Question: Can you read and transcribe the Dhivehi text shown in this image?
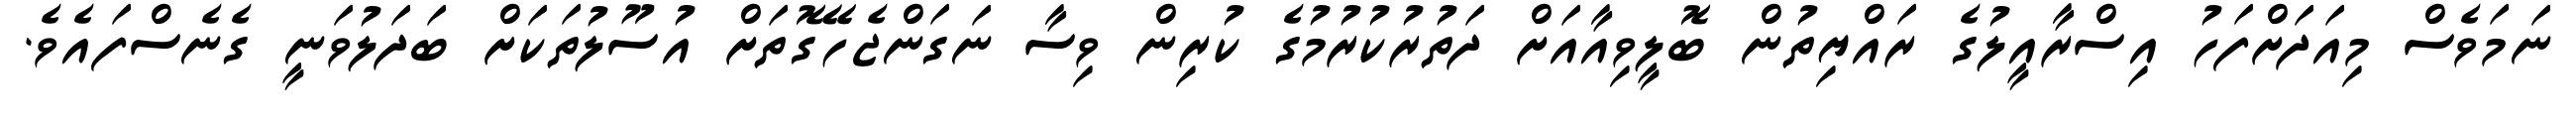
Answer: ނަމަވެސް މިއަދަށްފަހު އިސްރާއީލުގެ ރައްޔިތުން ބޮލީވިއާއަށް ދަތުރުކުރުމުގެ ކުރިން ވިސާ ނަގަންޖެހޭގޮތަށް އުސޫލުތަކަށް ބަދަލުވަނީ ގެނެސްފައެވެ.